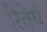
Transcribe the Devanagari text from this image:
रिवेर्स